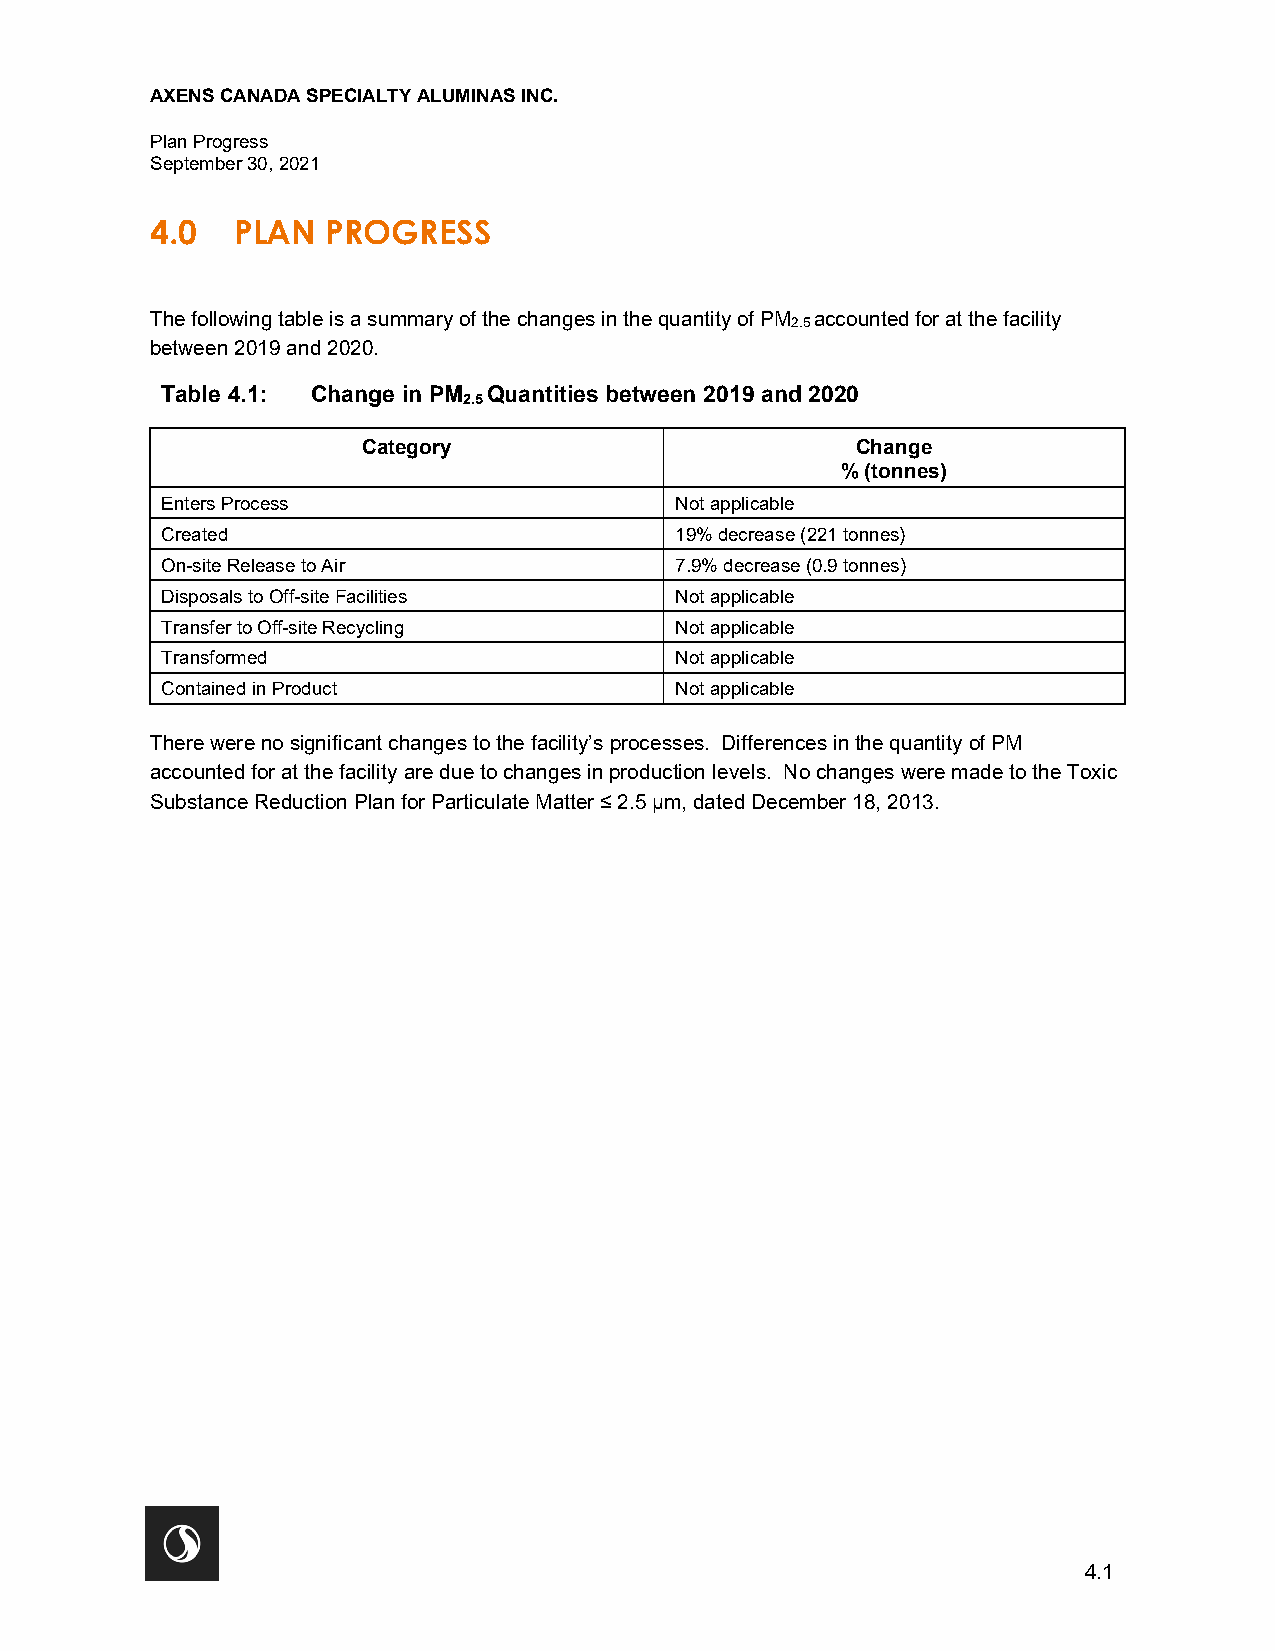
AXENS CANADA SPECIALTY ALUMINAS INC.
 Plan Progress
 September 30, 2021
 4.0  PLAN   PROGRESS
 The following table is a summary of the changes in the quantity of PM2.5 accounted for at the facility
 between 2019 and 2020.
 Table 4.1: Change in PM Quantities between 2019 and 2020
 2.5
 Category                         Change
 % (tonnes)
 Enters Process                    Not applicable
 Created                           19% decrease (221 tonnes)
 On-site Release to Air            7.9% decrease (0.9 tonnes)
 Disposals to Off-site Facilities  Not applicable
 Transfer to Off-site Recycling    Not applicable
 Transformed                       Not applicable
 Contained in Product              Not applicable
 There were no significant changes to the facility’s processes. Differences in the quantity of PM
 accounted for at the facility are due to changes in production levels. No changes were made to the Toxic
 Substance Reduction Plan for Particulate Matter ≤ 2.5 µm, dated December 18, 2013.
 4.1